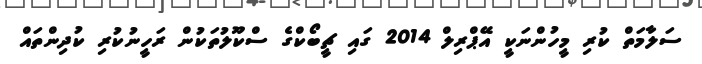
ސަލާމަތް ކުރި މީހުންނަކީ އޭޕްރިލް 2014 ގައި ޗީބޯކްގެ ސްކޫލުތަކުން ރަހީނުކުރި ކުދިންތައް